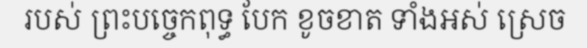
របស់ ព្រះបច្ចេកពុទ្ធ បែក ខូចខាត ទាំងឣស់ ស្រេច